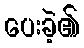
ပေးခဲ့၏